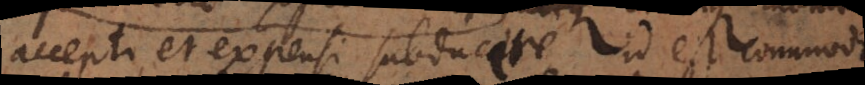
accepti et expensi subducere id est commoda